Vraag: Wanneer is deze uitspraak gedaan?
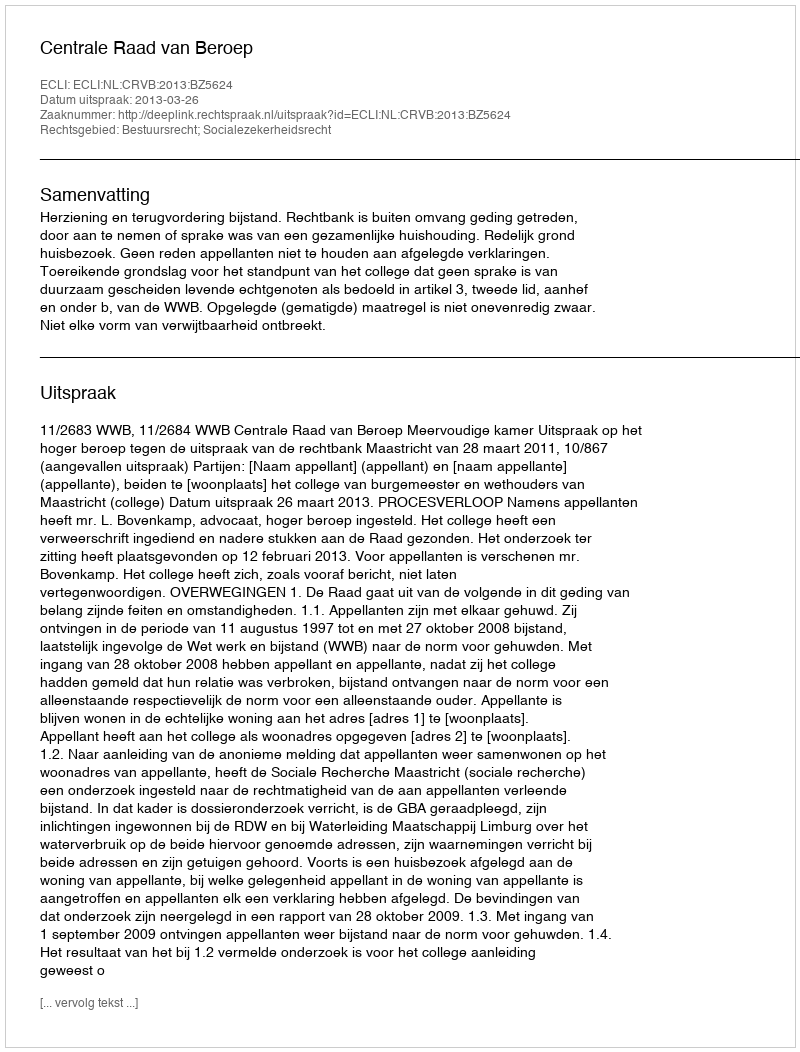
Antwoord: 2013-03-26